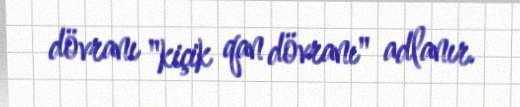
dövranı "kiçik qan dövranı" adlanır.